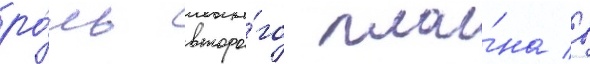
ро́ль второ́го пла́на в